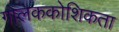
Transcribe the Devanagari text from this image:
गोलककोशिकता